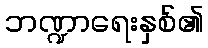
ဘဏ္ဍာရေးနှစ်၏